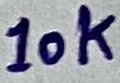
Text: 10k